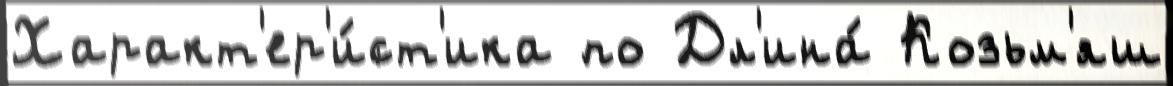
Характ'ер'и́ст'ика по Дл'ина́ Козьм'яш